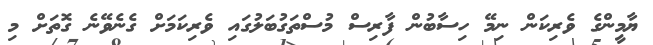
ޔާމީންގެ ވެރިކަން ނިމޭ ހިސާބުން ފާރިސް މުސްތަގުބަލުގައި ވެރިކަމަށް ގެނެވޭނެ ގޮތަށް މި